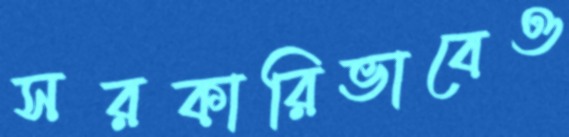
সরকারিভাবেও